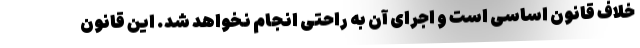
خلاف قانون اساسی است و اجرای آن به راحتی انجام نخواهد شد. این قانون